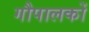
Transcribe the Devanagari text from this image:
गौपालकों